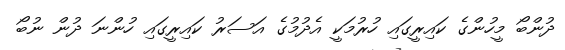
ދުންބޯ މީހުންގެ ކައިރީގައި ހުރުމަކީ އެދުމުގެ އަސަރު ކައިރީގައި ހުންނަ ދުން ނުބޯ